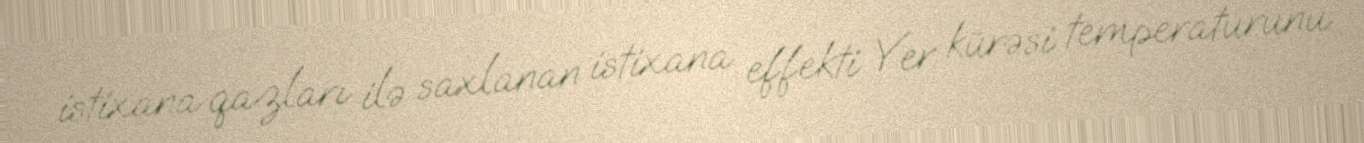
istixana qazları ilə saxlanan istixana effekti Yer kürəsi temperaturunu